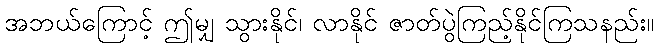
အဘယ်ကြောင့် ဤမျှ သွားနိုင်၊ လာနိုင် ဇာတ်ပွဲကြည့်နိုင်ကြသနည်း။